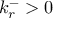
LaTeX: k _ { r } ^ { - } > 0